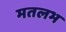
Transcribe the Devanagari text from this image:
मतलभ